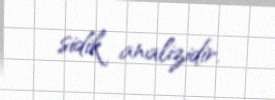
sidik analizidir.